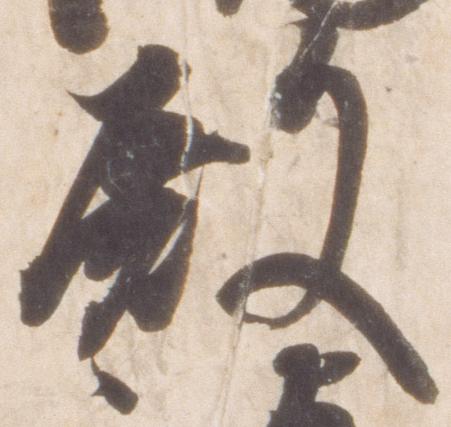
殿